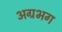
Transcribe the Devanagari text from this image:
अग्रभग